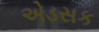
એડસક